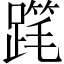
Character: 𲃾